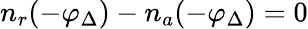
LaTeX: n_{r}(-\varphi_{\Delta})-n_{a}(-\varphi_{\Delta})=0